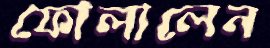
ফোলালেন